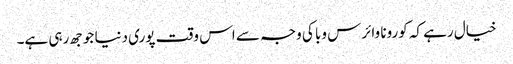
خیال رہے کہ کورونا وائرس وبا کی وجہ سے اس وقت پوری دنیا جوجھ رہی ہے۔